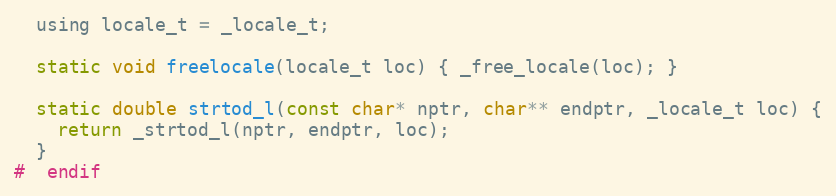
Language: C
  using locale_t = _locale_t;

  static void freelocale(locale_t loc) { _free_locale(loc); }

  static double strtod_l(const char* nptr, char** endptr, _locale_t loc) {
    return _strtod_l(nptr, endptr, loc);
  }
#  endif